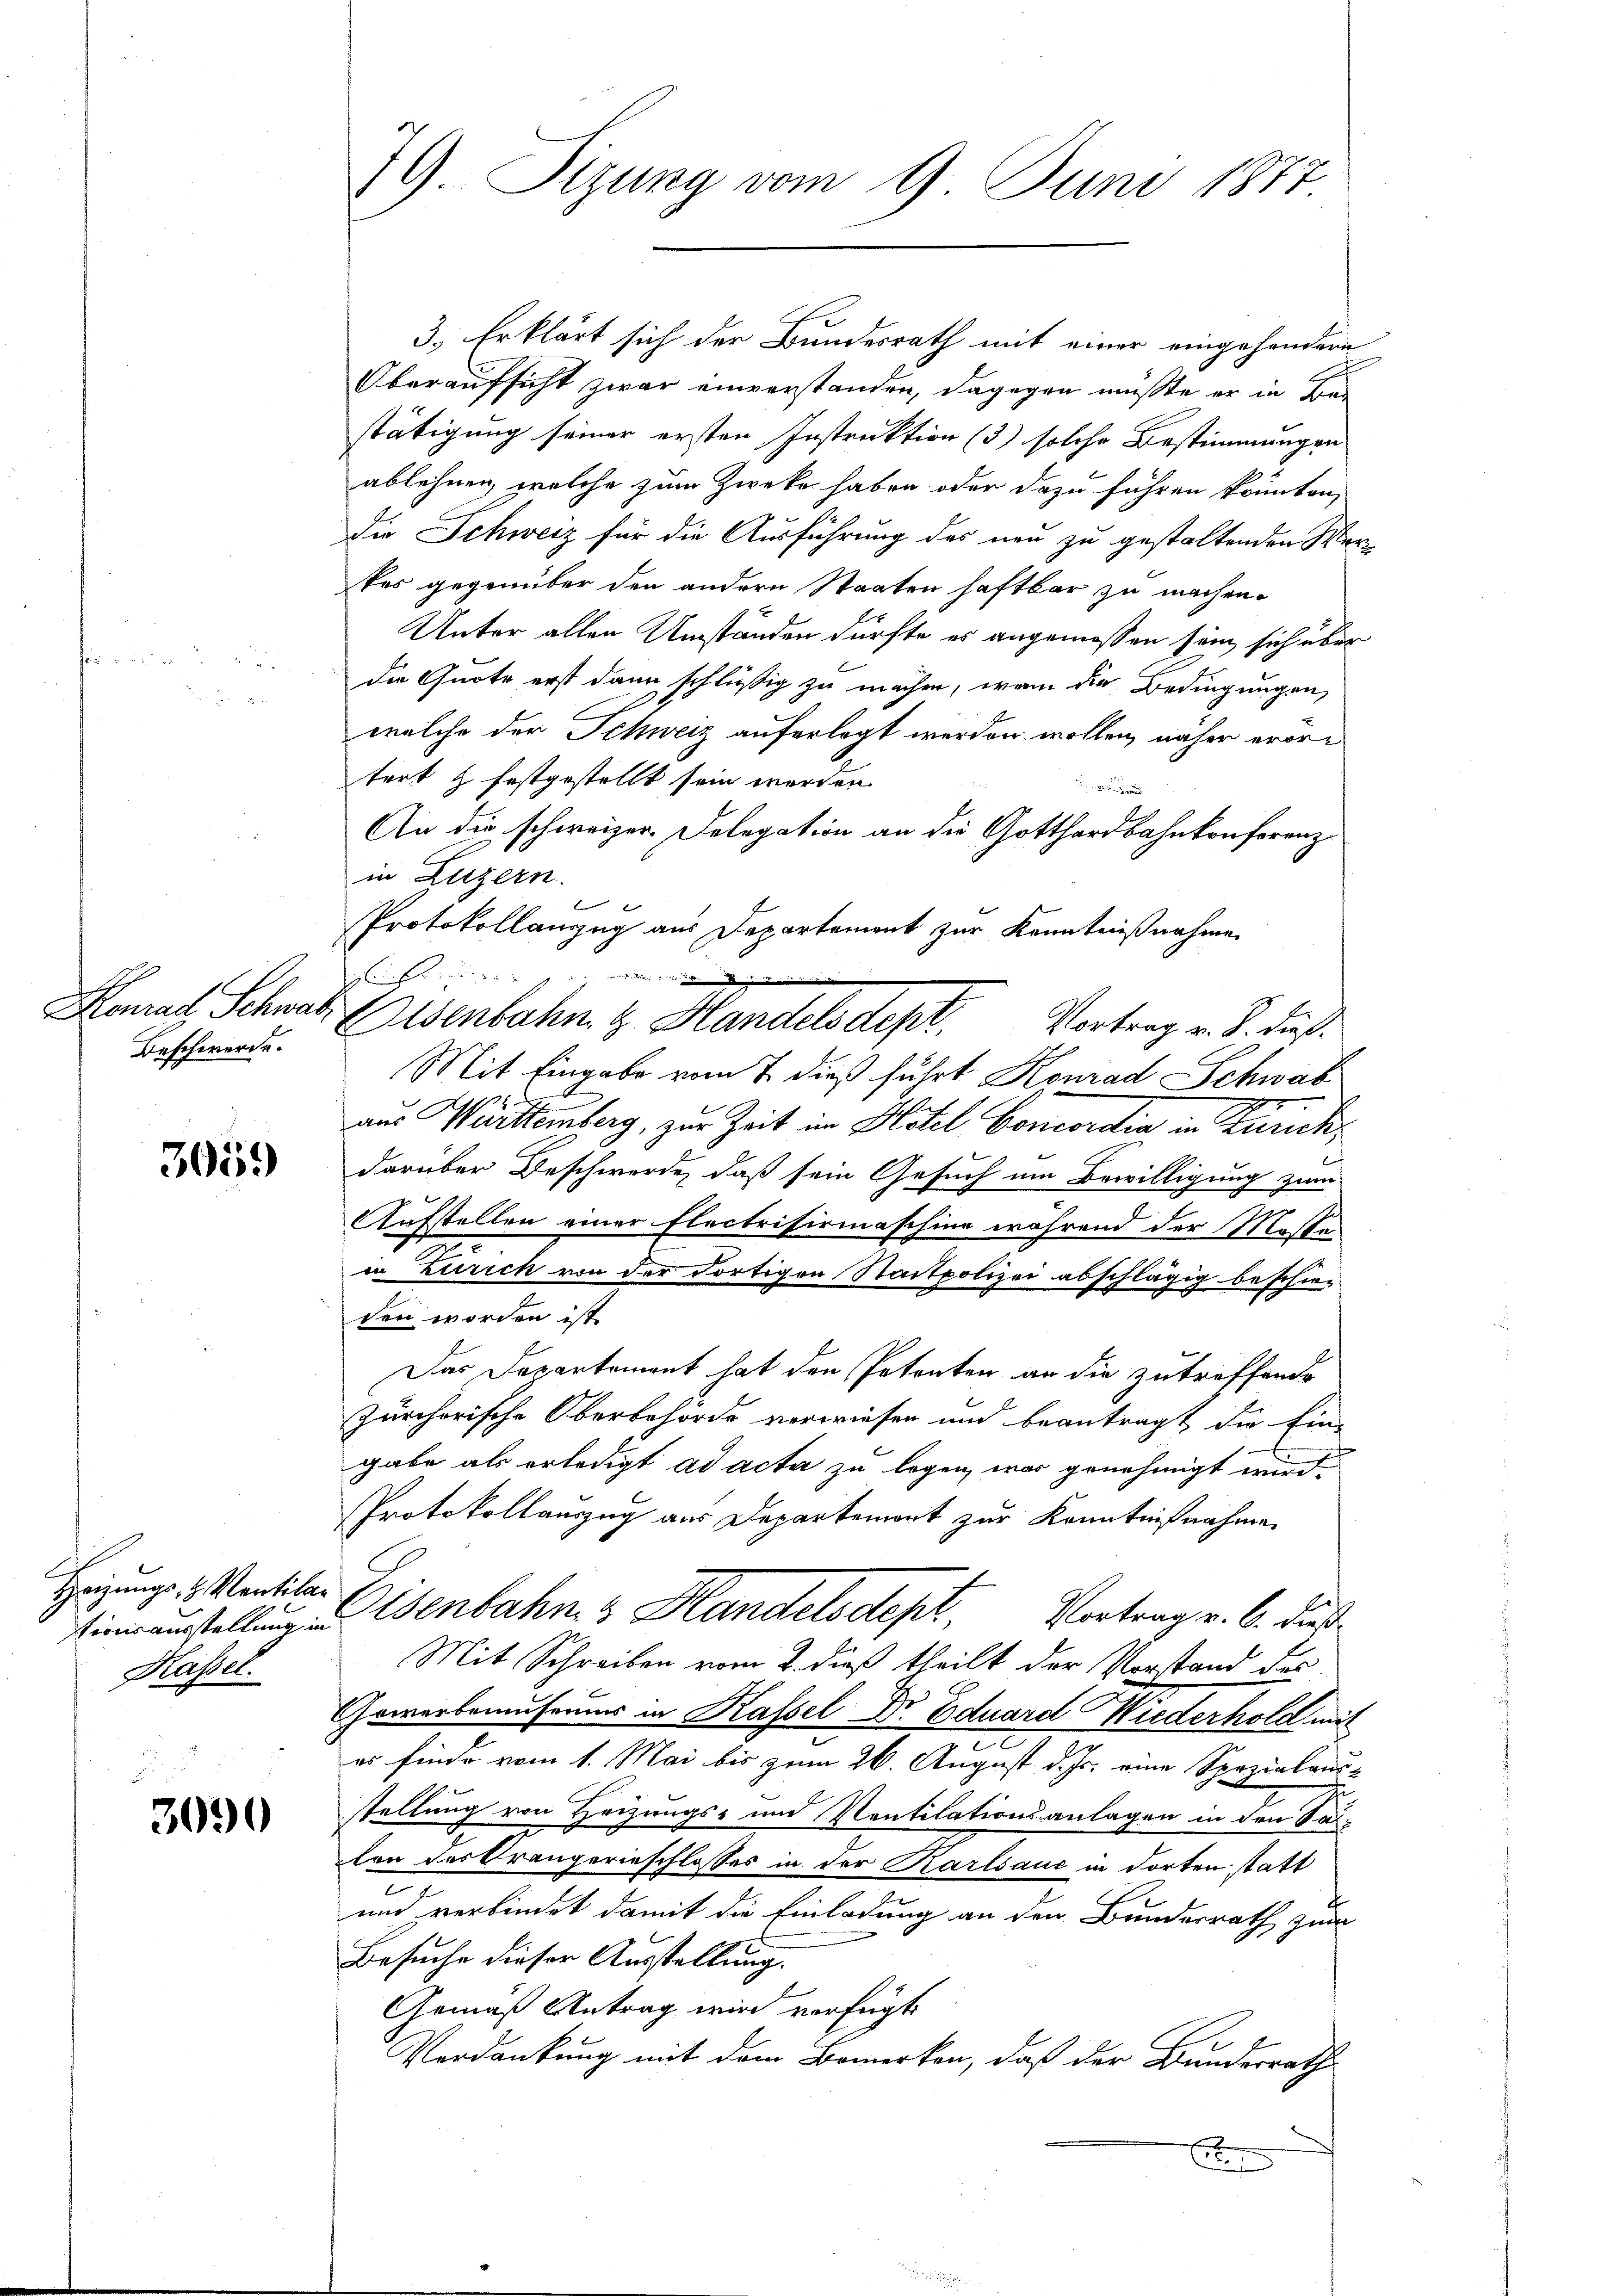
Beschwerde.

3059

Heizungs- & Ventila¬
Kassel.

3090

79. Sizung vom 9. Juni 1877

3.) Erklärt sich der Bundesrath mit einer eingesondere
Oberaufsicht zwar einverstanden, dagegen müßte er in Ber
stätigung seiner ersten Instruktion (3) solche Bestimmungen
ablehnen, welche zum Zwecke haben oder dazu führen könnten,
die Schweiz für die Ausführung des neu zu gestaltenden Wer
kes gegenüber den andern Staaten haftbar zu machen.
Unter allen Umständen dürfte es angemessen sein, sich über
die Quote erst dann schlüßig zu machen, wenn die Bedingungen,
welche der Schweiz auferlegt werden wollen, näher erortert & festgestellt sein werden.

An die schweizer Delegation an die Gotthardbahnkonferenzin Luzern.
Protokollanzug aus Departement zur Kenntnißnahme
Einf
Konrad Schwab Eisenbahn z. Handelsdept, Vortrag v. B. dieß
Mit Eingabe vom 7. dieß führt Konrad Schwab
aus Württemberg, zur Zeit im Hotel Concordia in Zusick,
darüber Beschwerde, daß sein Gesuch um Bewilligung zum
Aufstellen einer Flectrisirmaschine während der Moser
in Zürich von der Fortigen Stadtpolizei abschlägig beschwe
den worden ist.
Das Departement hat den Petenten an die zutreffende
Zürchorische Oberbehörde verwiesen und beantragt die Ein-
gabe als erledigt ad acta zu legen, was genehmigt wird.
Protokollauszug aus Departement zur Kenntnißnahmen
Einausstellung in Osenbahn & Handelsdept, Vortrag v. 6. dieß
Mit Schreiben vom 2. dieß theilt der Vorstand der
Gewerbemuseums in Kassel Dr. Eduard Wiederhold mit
er finde vom 1. Mai bis zum 26. August d. Js. eine Spezialaus-
stellung von Heizungs- und Ventilationsanlagen in den Saten des Kränzerinschlosses in der Karlsauc in dorten statt
und verbindet damit die Einladung an den Bundesrath zum
Besuche dieser Ausstellung.
Gemäß Antrag wird verfügt:
Verdankung mit dem Bemerken, daß der Bundesrath
E